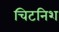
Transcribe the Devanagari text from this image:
चिटनिश